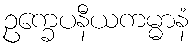
ဥက္ခေပနီယကမ္မာနံ